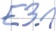
Text: E3.1